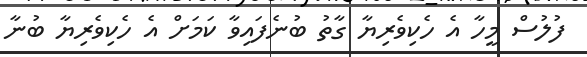
ފުލުސް މީހާ އެ ހެކިވެރިޔާ ގާތު ބުނެފައިވާ ކަމަށް އެ ހެކިވެރިޔާ ބުނާ